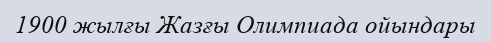
1900 жылғы Жазғы Олимпиада ойындары